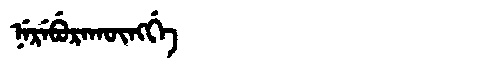
Manchu: ᠨᡝᡵᡝᠪᡠᡵᠠᡴᡡᠩᡤᡝ
Romanization: NEREBURAKŪNGGE